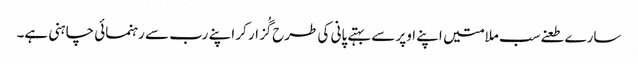
سارے طعنےسب ملامتیں اپنے اوپر سے بہتے پانی کی طرح گُزار کر اپنے رب سے رہنمائی چاہنی ہے۔